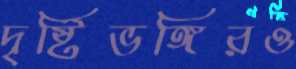
দৃষ্টিভঙ্গিরও